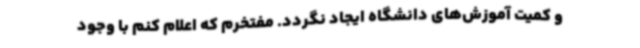
و کمیت آموزش‌های دانشگاه ایجاد نگردد. مفتخرم که اعلام کنم با وجود